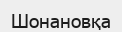
Шонановқа